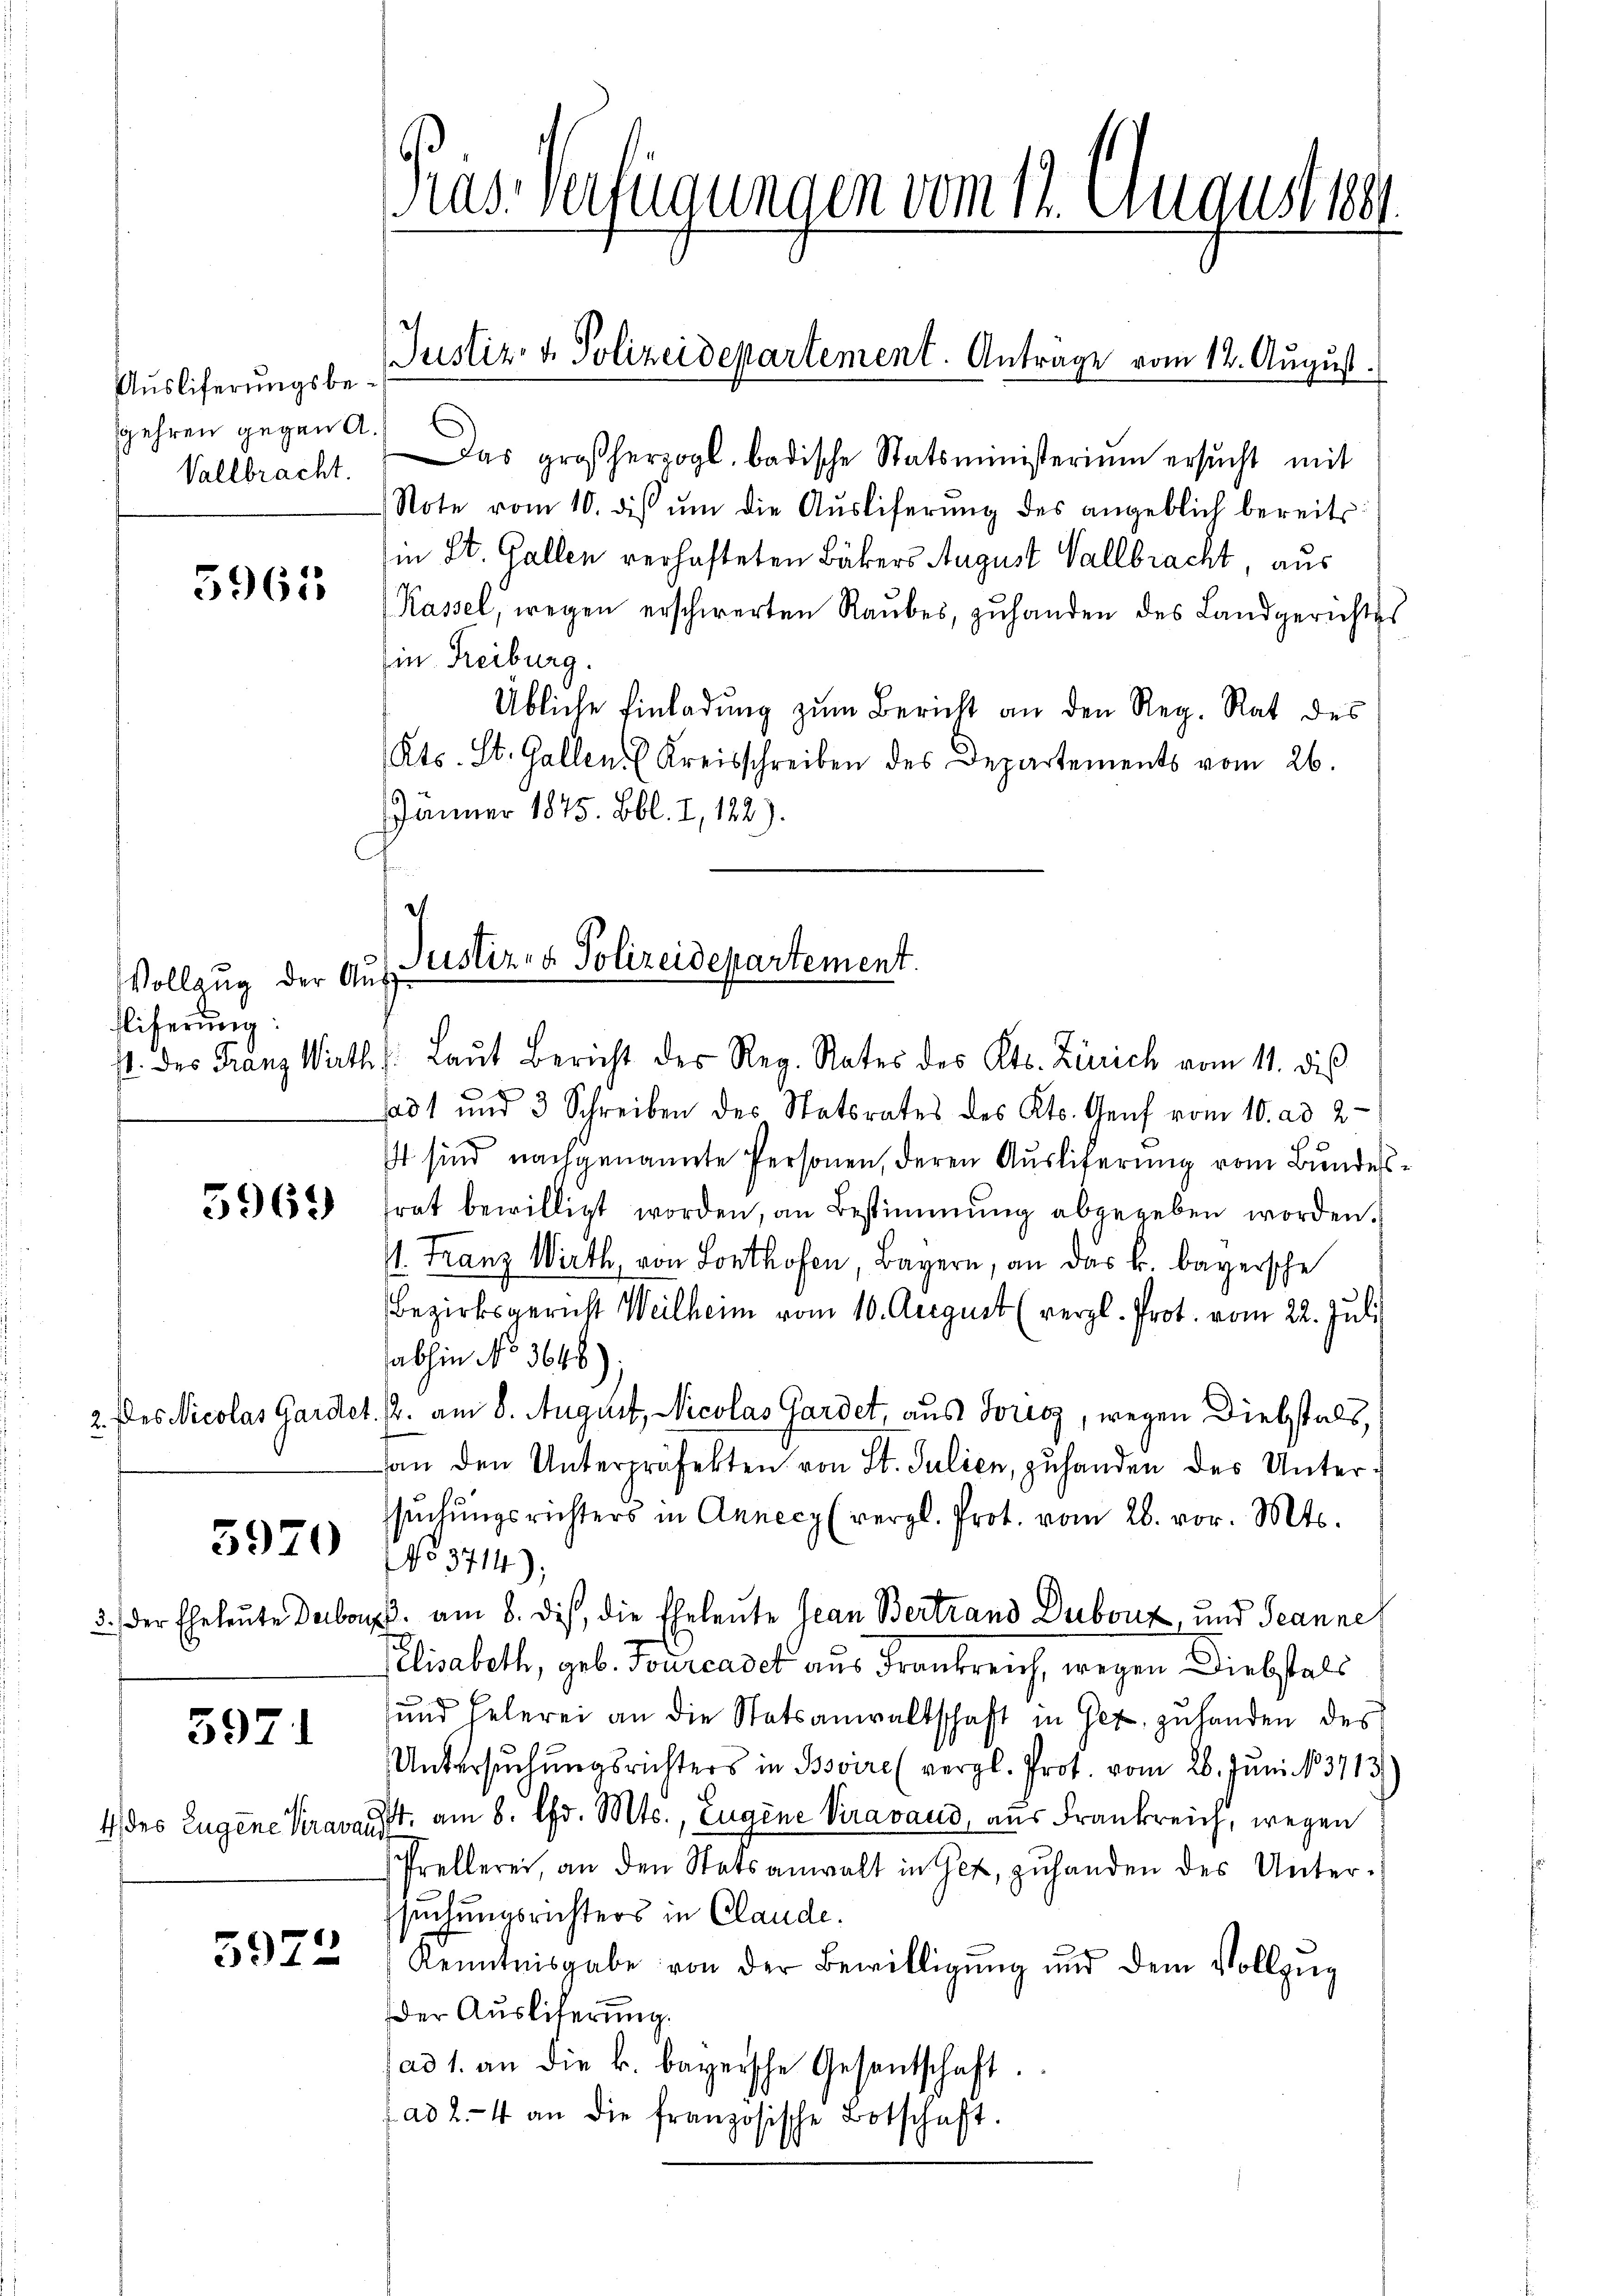
Auslieferungsbegehren gegen A.
Vallbracht.

5965

Vollzug der Ausfliferung:

5969

5920

5971

5972

Gras Verfügungen vom 12. August 1891

Justiz- & Polizeidepartement.

Das großherzogl. badische Statsministerium ersucht mit
Note vom 10. ds ŭm die Aŭsliferŭng des angeblich bereits
in St. Gallen verhafteten Bäkers August Vallbracht, aus
Kassel, wegen erschwerten Raubes, zuhanden des Landgerichtes
Ein Freiburg.
Übliche Einladung zum Bericht an den Reg. Rat des
Kts. St. Gallen. (Kreisschreiben des Departements vom 26.
Jänner 1875. Bbl. I, 122).
d

Justiz- & Polizeidepartement. Anträge vom 12. August.

p. des Franz Wirths. Laŭt Bericht der Reg. Rates des Kts. Zürich vom 11. dies
adt und 3 Schreiben des Statsrates des Kts. Genf vom 10. ad 2.
st sind nachgenannte Personen, deren Auslieferung vom Bundestrat bewilligt worden, an Bestimmung abgegeben worden.
I. Franz Wirth, von Lonthofen, Bayern, an das k. bayersche
Bezirksgericht Weilheim vom 10. August (vergl. Prot. vom 22. Juli
abhin No 3648)
2. des Nicolas Gardet, u. am 8. August, Nicolas Gardet, aus Tores, wegen Diebstals,
an den Unterpräfekten von St. Julien, zuhanden des Untersŭchŭngsrichters in Annecy (vergl. Prot. vom 26. vor. Mts.
No 3714).
3.) Der Eheleute Darbop. am 8. dis, die Eheleute Jean Bertrand Dubonz, und Jeanneh
Pelisabeth, geb. Tourcadet aus Frankreich, wegen Diebstals
und helerei an die Statsanwaltschaft in Gez zŭ handen des
Untersŭchŭngsrichters in Bssoire (vergl. Prot. vom 26. Juni 183713.
4) des Eugene Kravant. am 8. Chr. Mts., Eugene Viravaud, aus Frankreich, wegen
Prellerei, an den Statsanwalt in Get, zŭhanden des Untersuchungsrichters in Claude.
Kenntnisgabe von der Bewilligŭng und dem Vollzŭg
der Ausliterung.
ad 1. an die k. bayersche Gesandschaft.
ad 2.- 4 an die französische Botschaft.